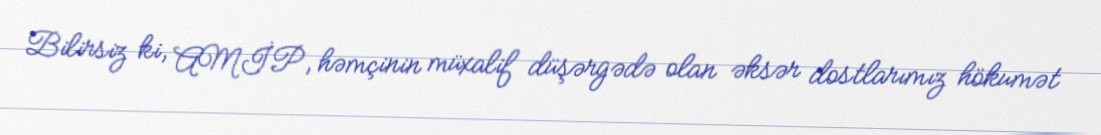
Bilirsiz ki, AMİP, həmçinin müxalif düşərgədə olan əksər dostlarımız hökumət